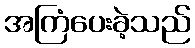
အကြံပေးခဲ့သည်